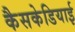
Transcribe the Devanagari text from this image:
कैसकेडियाई